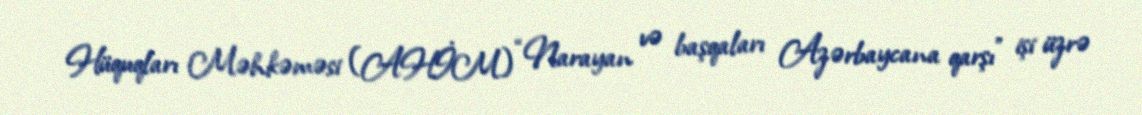
Hüquqları Məhkəməsi (AHİM) “Narayan və başqaları Azərbaycana qarşı” işi üzrə